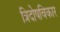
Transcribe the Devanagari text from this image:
त्रिदोषविकार